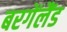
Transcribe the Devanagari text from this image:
बरगेंलैंड